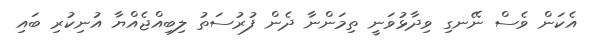
އެކަން ވެސް ނޭނގި ވިދާޅުވަނީ ތިމަންނާ ދެން ފުރުސަތު ލިބިއްޖެއްޔާ އުނިކުރި ބައި